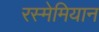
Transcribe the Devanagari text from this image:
रस्मेमियान